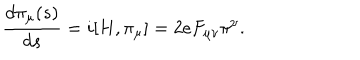
\frac { d \pi _ { \mu } ( s ) } { d s } = i [ H , \pi _ { \mu } ] = 2 e F _ { \mu \nu } \pi ^ { \nu } .